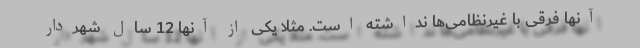
آنها فرقی با غیرنظامی‌ها نداشته است. مثلا یکی از آنها 12 سال شهردار